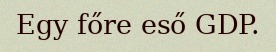
Egy főre eső GDP.